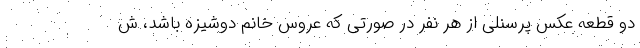
دو قطعه عکس پرسنلی از هر نفر در صورتی که عروس خانم دوشیزه باشد، ش